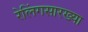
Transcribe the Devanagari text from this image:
रेलिंगसारख्या